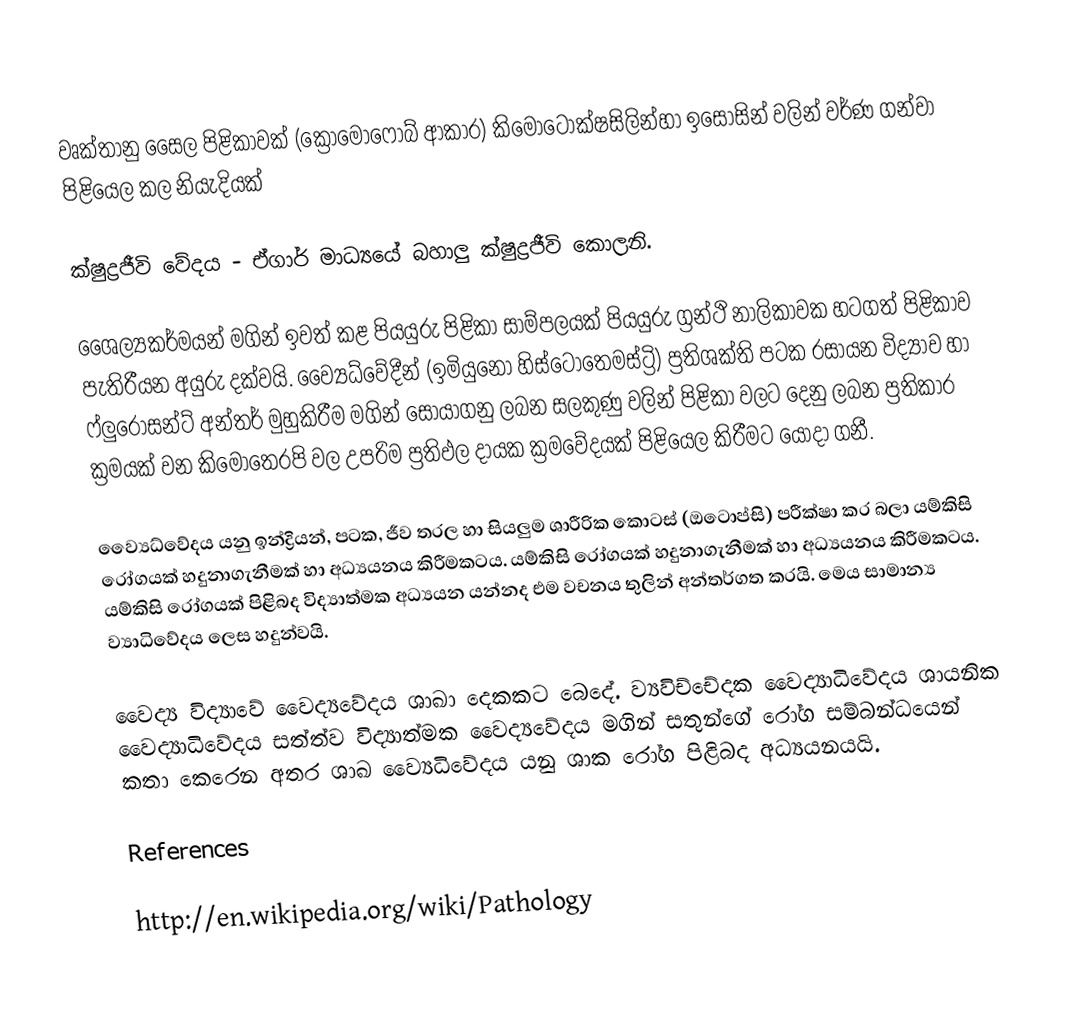
වෘක්තානු සෛල පිළිකාවක් (ක්‍රොමොෆෝබ් ආකාර) කිමොටොක්ෂසිලින්හා ඉසොසින් වලින් වර්ණ ගන්වා පිළියෙල කල නියැදියක්

ක්ෂුද්‍රජීවි වේදය - ඒගාර් මාධ්‍යයේ බහාලු ක්ෂුද්‍රජීවි කොලනි.

ශෛල්‍යකර්මයන් මගින් ඉවත් කළ පියයුරු පිළිකා සාම්පලයක් පියයුරු ග්‍රන්ථි නාලිකාවක හටගත් පිළිකාව පැතිරීයන අයුරු දක්වයි. ව්‍යෛධ්වේදීන් (ඉමියුනෝ හිස්ටොතෙමස්ට්‍රි) ප්‍රතිශක්ති පටක රසායන විද්‍යාව හා ෆ්ලුරෝසන්ට් අන්තර් මුහුකිරීම මගින් සොයාගනු ලබන සලකුණු වලින් පිළිකා වලට දෙනු ලබන ප්‍රතිකාර ක්‍රමයක් වන කිමොතෙරපි වල උපරිම ප්‍රතිඵල දායක ක්‍රමවේදයක් පිළියෙල කිරීමට යොදා ගනී.

ව්‍යෛධ්වේදය යනු ඉන්ද්‍රියන්, පටක, ජීව තරල හා සියලුම ශාරීරික කොටස් (ඔටොප්සි) පරීක්ෂා කර බලා යම්කිසි රෝගයක් හදුනාගැනීමක් හා අධ්‍යයනය කිරීමකටය. යම්කිසි රෝගයක් හදුනාගැනීමක් හා අධ්‍යයනය කිරීමකටය. යම්කිසි රෝගයක් පිළිබද විද්‍යාත්මක අධ්‍යයන යන්නද එම වචනය තුලින් අන්තර්ගත කරයි. මෙය සාමාන්‍ය ව්‍යාධිවේදය ලෙස හදුන්වයි.

වෛද්‍ය විද්‍යාවේ වෛද්‍යවේදය ශාඛා දෙකකට බෙදේ. ව්‍යවිච්චේදක වෛද්‍යාධිවේදය ශායනික වෛද්‍යාධිවේදය සත්ත්ව විද්‍යාත්මක වෛද්‍යවේදය මගින් සතුන්ගේ රෝග සම්බන්ධයෙන් කතා කෙරෙන අතර ශාඛ ව්‍යෛධිවේදය  යනු ශාක රෝග පිළිබද අධ්‍යයනයයි.

References

http://en.wikipedia.org/wiki/Pathology